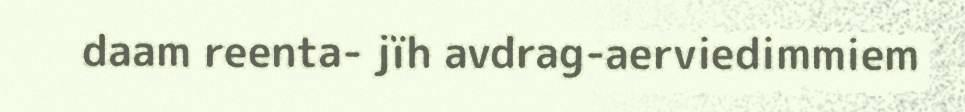
daam reenta- jïh avdrag-aerviedimmiem